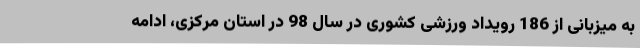
به میزبانی از 186 رویداد ورزشی کشوری در سال 98 در استان مرکزی، ادامه